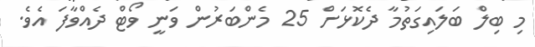
މި ބިލް ބަލައިގަތުމާ ދެކޮޅަށް 25 މެންބަރުން ވަނީ ވޯޓް ދެއްވާފަ އެވެ.